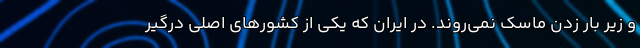
و زیر بار زدن ماسک نمی‌روند. در ایران که یکی از کشورهای اصلی درگیر